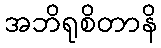
အဘိရုစိတာနိ